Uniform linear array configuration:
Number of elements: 4
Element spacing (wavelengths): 1
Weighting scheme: binomial
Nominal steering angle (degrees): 60
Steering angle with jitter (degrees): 58.378
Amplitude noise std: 0.05
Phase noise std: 0.05

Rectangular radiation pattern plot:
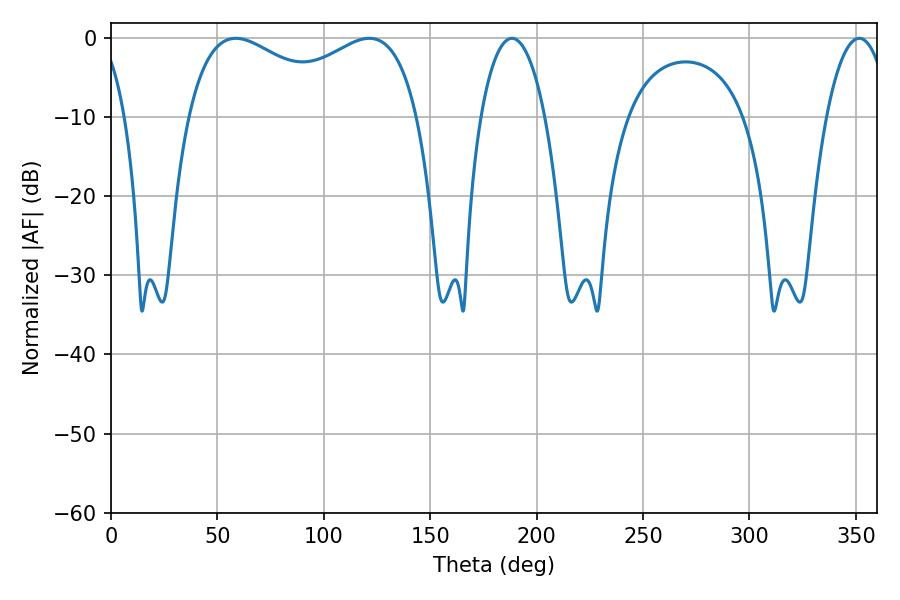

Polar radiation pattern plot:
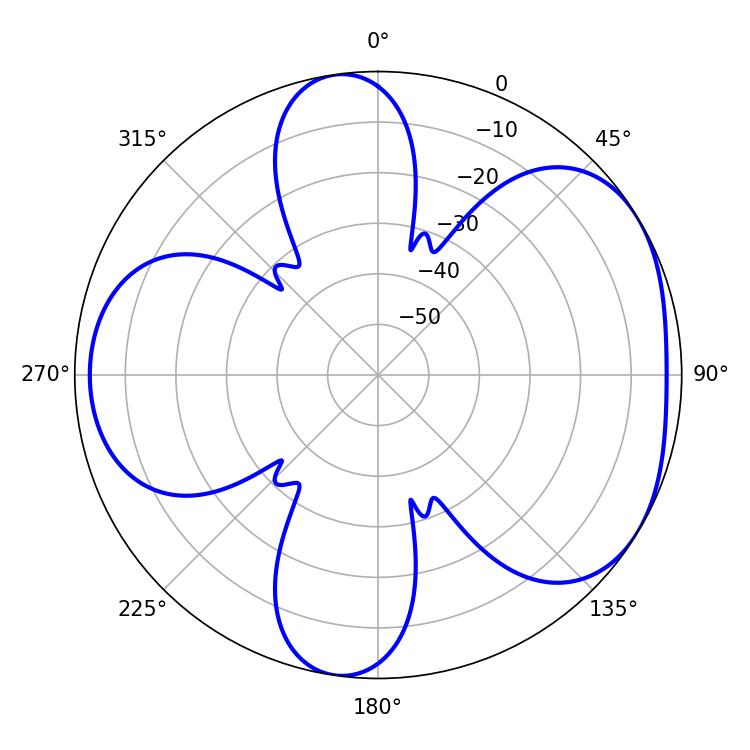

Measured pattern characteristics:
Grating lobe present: TRUE
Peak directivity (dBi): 4.631
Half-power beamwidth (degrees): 90
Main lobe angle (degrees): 58.68